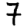
Digit: 7